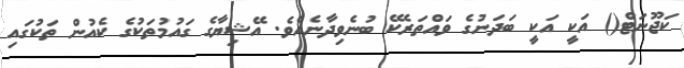
ކަޖޫނަޓް() އަކީ އަކީ ބަދަނުގެ ވައްތަރެކޭ ބުނެވިދާނެއެވެ. އޭޝިޔާގެ ގައުމުތަކުގެ ކެއުން ތަކުގައި